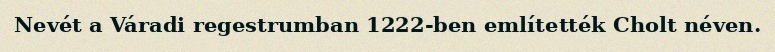
Nevét a Váradi regestrumban 1222-ben említették Cholt néven.